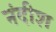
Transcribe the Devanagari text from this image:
नंदीश